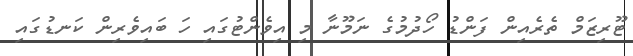
ޓޫރިޒަމް ތެރެއިން ފަންޑު ހޯދުމުގެ ނަމޫނާ މި އިވެންޓުގައި ހަ ބައިވެރިން ކަނޑުގައި